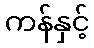
ကန်နှင့်